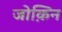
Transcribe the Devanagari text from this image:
जोक़िन